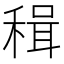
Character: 𥠋